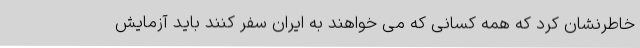
خاطرنشان کرد که همه کسانی که می خواهند به ایران سفر کنند باید آزمایش